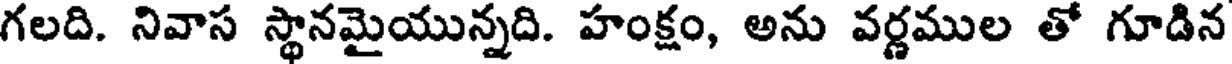
గలది. నివాస స్థానమైయున్నది. హంక్షం, అను వర్ణముల తో గూడిన